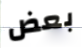
بعض